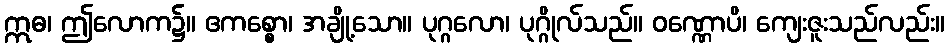
ဣဓ၊ ဤလောက၌။ ဧကစ္စော၊ အချို့သော။ ပုဂ္ဂလော၊ ပုဂ္ဂိုလ်သည်။ ဝဏ္ဏောပိ၊ ကျေးဇူးသည်လည်း။